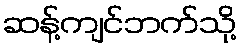
ဆန့်ကျင်ဘက်သို့